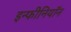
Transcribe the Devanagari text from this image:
इन्फीनियॉन